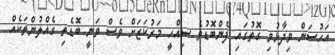
އަހުސަން ވިދާޅުވި ގޮތުގައި ފެންބޮޑުވެ ސިއްހީ މަރުކަޒަށް ވެސް ވަނީ ބޮޑެތި ގެއްލުންތަކެއް